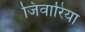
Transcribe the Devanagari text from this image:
जिवारिया